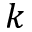
k